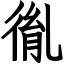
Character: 㣧